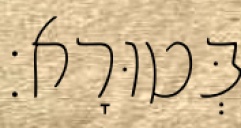
בְּטוּרָא׃